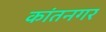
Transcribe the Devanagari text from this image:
कांतनगर